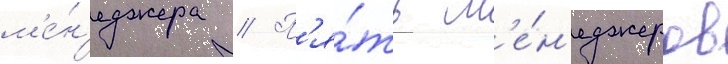
м'е́н'еджера // П'я́ть м'е́н'еджеров